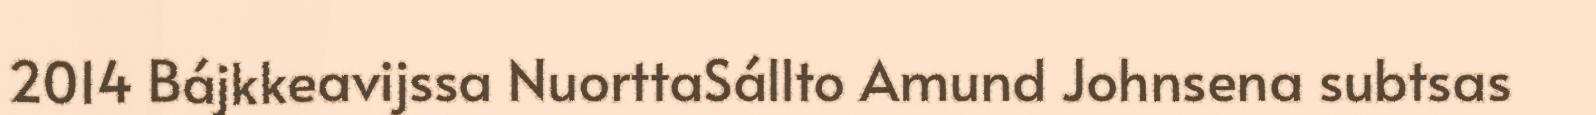
2014 Bájkkeavijssa NuorttaSállto Amund Johnsena subtsas